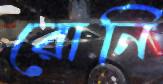
রোনি